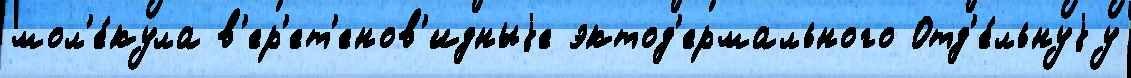
мол'е́кула в'ер'ет'енов'идныjе эктод'ермального Отд'е́льнуjу